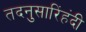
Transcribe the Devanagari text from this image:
तदनुसारिंहंदी